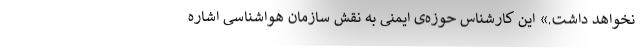
نخواهد داشت.» این کارشناس حوزه‌ی ایمنی به نقش سازمان هواشناسی اشاره